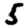
Digit: 5